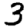
Digit: 3